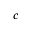
\boldsymbol { c }